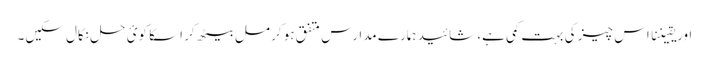
اور یقیننا اس چیز کی بہت کمی ہے، شائید ہمارے مدارس متفق ہو کر مل بیٹھ کر اسکا کوئ حل نکال سکیں۔